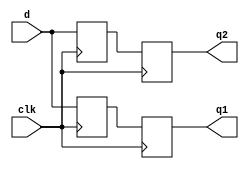
module iddr #
(
    parameter TARGET = "GENERIC",
    parameter IODDR_STYLE = "IODDR2",
    parameter WIDTH = 1
)
(
    input  wire             clk,
    input  wire [WIDTH-1:0] d,
    output wire [WIDTH-1:0] q1,
    output wire [WIDTH-1:0] q2
);
genvar n;
generate
if (TARGET == "XILINX") begin
    for (n = 0; n < WIDTH; n = n + 1) begin : iddr
        if (IODDR_STYLE == "IODDR") begin
            IDDR #(
                .DDR_CLK_EDGE("SAME_EDGE_PIPELINED"),
                .SRTYPE("ASYNC")
            )
            iddr_inst (
                .Q1(q1[n]),
                .Q2(q2[n]),
                .C(clk),
                .CE(1'b1),
                .D(d[n]),
                .R(1'b0),
                .S(1'b0)
            );
        end else if (IODDR_STYLE == "IODDR2") begin
            IDDR2 #(
                .DDR_ALIGNMENT("C0")
            )
            iddr_inst (
                .Q0(q1[n]),
                .Q1(q2[n]),
                .C0(clk),
                .C1(~clk),
                .CE(1'b1),
                .D(d[n]),
                .R(1'b0),
                .S(1'b0)
            );
        end
    end
end else if (TARGET == "ALTERA") begin
    wire [WIDTH-1:0] q1_int;
    reg [WIDTH-1:0] q1_delay;
    altddio_in #(
        .WIDTH(WIDTH),
        .POWER_UP_HIGH("OFF")
    )
    altddio_in_inst (
        .aset(1'b0),
        .datain(d),
        .inclocken(1'b1),
        .inclock(clk),
        .aclr(1'b0),
        .dataout_h(q1_int),
        .dataout_l(q2)
    );
    always @(posedge clk) begin
        q1_delay <= q1_int;
    end
    assign q1 = q1_delay;
end else begin
    reg [WIDTH-1:0] d_reg_1 = {WIDTH{1'b0}};
    reg [WIDTH-1:0] d_reg_2 = {WIDTH{1'b0}};
    reg [WIDTH-1:0] q_reg_1 = {WIDTH{1'b0}};
    reg [WIDTH-1:0] q_reg_2 = {WIDTH{1'b0}};
    always @(posedge clk) begin
        d_reg_1 <= d;
    end
    always @(negedge clk) begin
        d_reg_2 <= d;
    end
    always @(posedge clk) begin
        q_reg_1 <= d_reg_1;
        q_reg_2 <= d_reg_2;
    end
    assign q1 = q_reg_1;
    assign q2 = q_reg_2;
end
endgenerate
endmodule